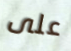
على